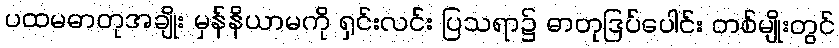
ပထမဓာတုအချိုး မှန်နိယာမကို ရှင်းလင်း ပြသရာ၌ ဓာတုဒြပ်ပေါင်း တစ်မျိုးတွင်